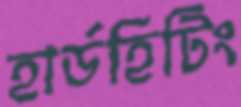
হার্ডহিটিং